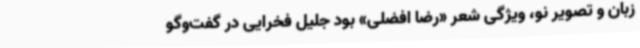
زبان و تصویر نو، ویژگی شعر «رضا افضلی» بود جلیل فخرایی در گفت‌وگو